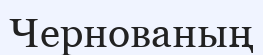
Чернованың